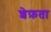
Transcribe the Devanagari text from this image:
शेफ़ता